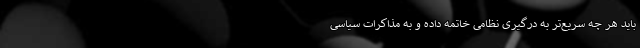
باید هر چه سریع‌تر به درگیری نظامی خاتمه داده و به مذاکرات سیاسی